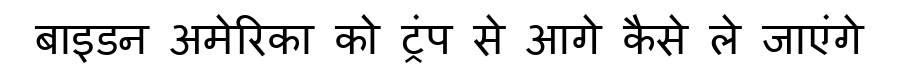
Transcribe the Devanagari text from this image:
बाइडन अमेरिका को ट्रंप से आगे कैसे ले जाएंगे